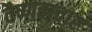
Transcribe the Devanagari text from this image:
वैष्णवाचार